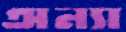
অন্যা